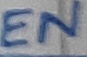
Text: EN